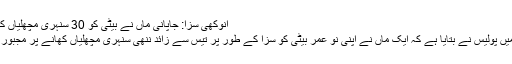
انوکھی سزا: جاپانی ماں نے بیٹی کو 30 سنہری مچھلیاں کھلا دیں
جاپان میں پولیس نے بتایا ہے کہ ایک ماں نے اپنی نو عمر بیٹی کو سزا کے طور پر تیس سے زائد ننھی سنہری مچھلیاں کھانے پر مجبور کر دیا۔